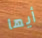
أيها